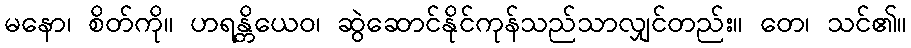
မနော၊ စိတ်ကို။ ဟရန္တိယေဝ၊ ဆွဲဆောင်နိုင်ကုန်သည်သာလျှင်တည်း။ တေ၊ သင်၏။